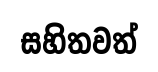
සහිතවත්